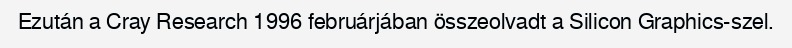
Ezután a Cray Research 1996 februárjában összeolvadt a Silicon Graphics-szel.